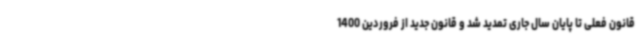
قانون فعلی تا پایان سال جاری تمدید شد و قانون جدید از فروردین 1400